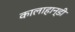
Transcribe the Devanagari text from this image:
कालाहान्डी